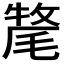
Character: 𭯡